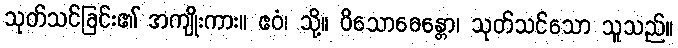
သုတ်သင်ခြင်း၏ အကျိုးကား။ ဧဝံ၊ သို့။ ဝိသောဓေန္တော၊ သုတ်သင်သော သူသည်။